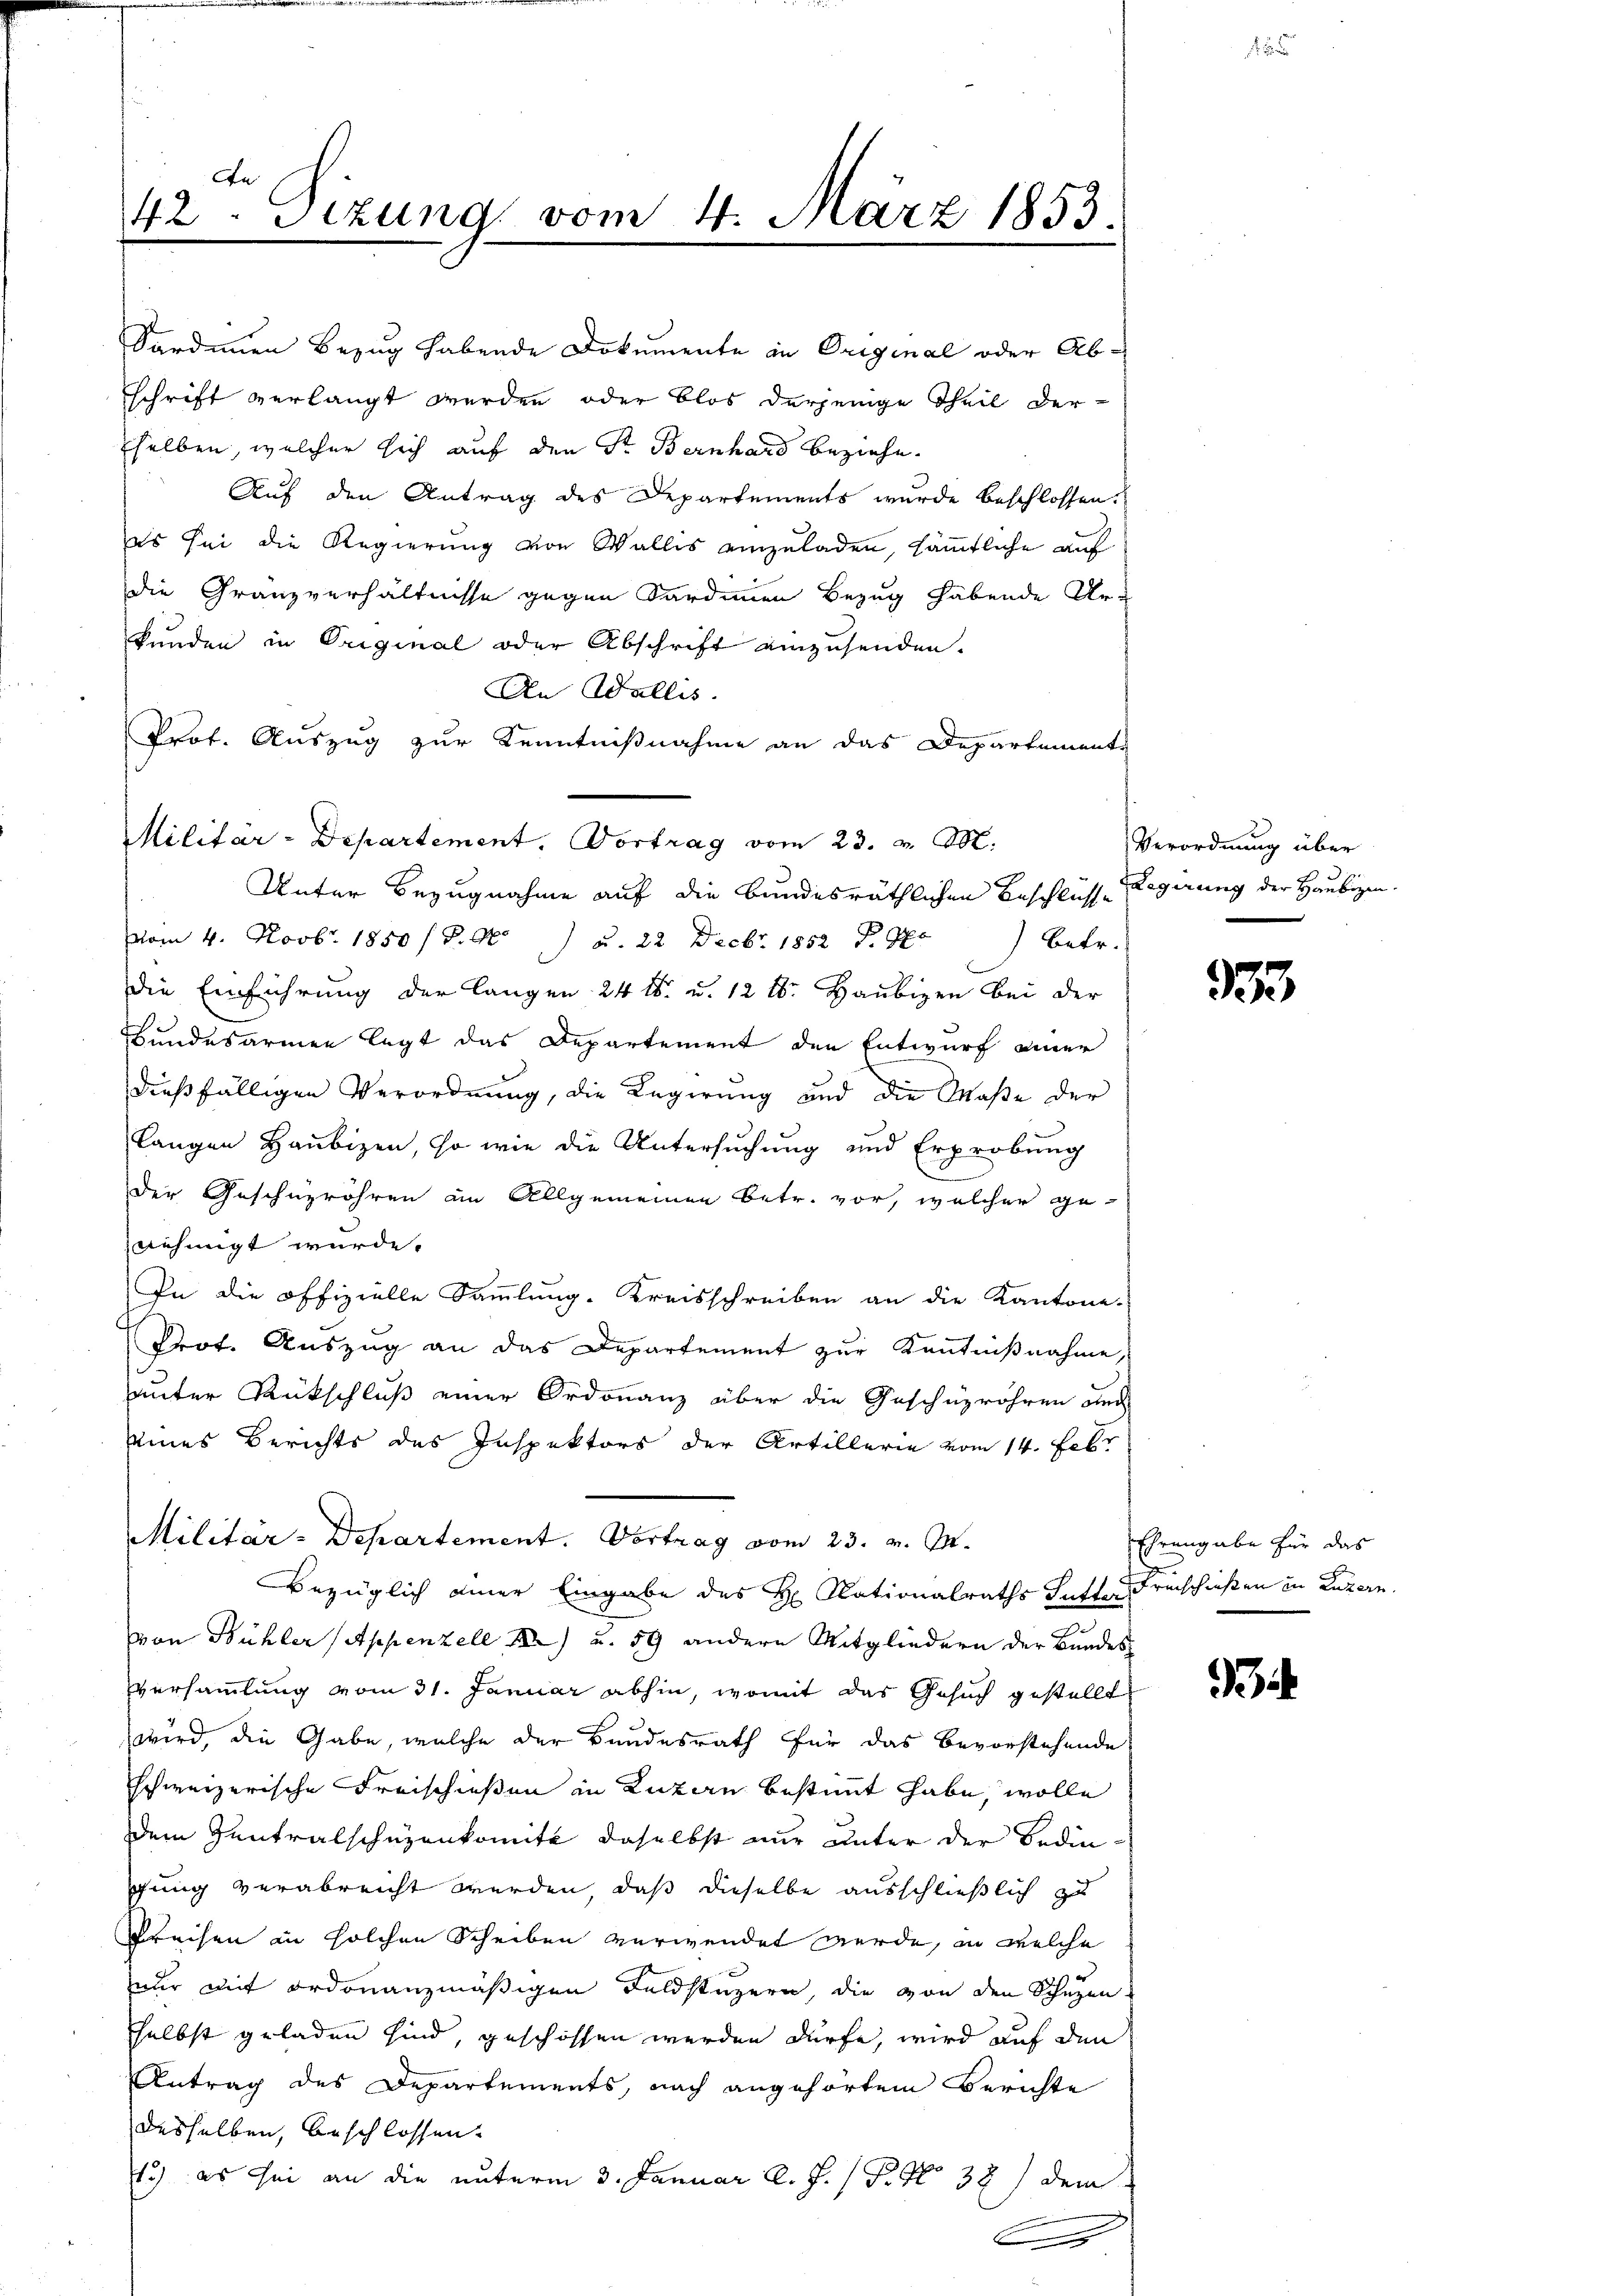
An
42. Sizung vom 4. März 1853.

Sardinen Bezug habende Dokumente in Original oder Abschrift verlangt werden oder blos derjenige Theil der
selben, welcher sich auf den Sr. Bernhard beziehe.
Auf den Antrag des Departements wurde beschlossen:
es sei die Regierung von Wallis einzuladen, sämmtliche auf
die Gränzverhältnisse gegen Sardinen Bezug habende Urkunden in Original oder Abschrift einzusenden.
An Wallis.
Prof. Auszug zur Kenntnißnahme an das Departemente
vom 4. Novbr. 1850 / P. Nr. ) u. 22. Decbr. 1852 P. G.) betr.
die Einführung der langen 24 t. u. 12 t. Haubigen bei der
Bundesarmen legt das Departement den Entwurf einer
dießfälligen Verordnung, die Regierung und die Maße der
langen Haubigen, so wie die Untersuchung und Erprobung
der Geschnröhren an Allgemeinen betr. vor, welcher ge-
nehmigt wurde.
In die offizielle Sammlung-Kreisschreiben an die Kantone-
Prot. Auszug an das Departement zur Kenntnißnahme,
uter Rückschluß einer Ordonanz über die Geschüzröhren auch
eines Berichts des Inspektors der Artillerie vom 14. Febr
Militar-Departement. Vortrag vom 23. v. M.
Bezüglich einer Eingabe des H. Nationalraths Futter Freischießen in Luzern.
von Bühler (Appenzell) u. 59 andere Mitgliedern der Bundes-
Eversammlung vom 31. Januar abhin, womit das Gesuch gestellt
wird, die Gabe, welche der Bundesrath für das Bevorstehende
schweizerische Freischießen in Luzern bestimmt habe, wolle
dem Zentralschüzenkomite daselbst nur unter der Bedingung verabreicht werden, daß dieselbe ausschließlich zu
Preisen in solchen Scheiben verwendet werde, in welche
nur mit ordonanzmäßigen Feldstuzern, die von den Schüzen
selbst geladen sind geschossen werden dürfe, wird auf den
Antrag des Departements, nach angehörtem Berichte
desselben, beschlossen.
1.) es sei an die unterm 3. Januar l. J. P. Nr. 32) dem
C

Militar-Departement, Vortrag vom 23. v. M.
Unter Bezugnahme auf die bundesräthlichen Beschlusse Regierung der Haubigen.

Verordnung über

333

Ehrengabe für das

94